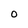
Character: 0